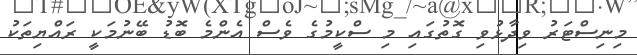
މިނިސްޓަރު ވިދާޅުވި ގޮތުގައި މި ސްކީމުގެ ވެސް އެންމެ ބޮޑު ބޭނުމަކީ ރައްޔިތަކު